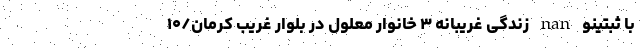
با ثبتینو nan زندگی غریبانه ۳ خانوار معلول در بلوار غریب کرمان/۱۰